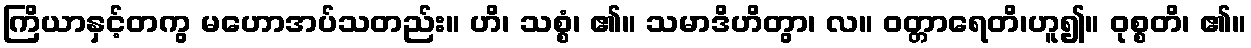
ကြိယာနှင့်တကွ မဟောအပ်သတည်း။ ဟိ၊ သစ္စံ၊ ၏။ သမာဒိဟိတွာ၊ လ။ ဝတ္တာရေတိ၊ဟူ၍။ ဝုစ္စတိ၊ ၏။